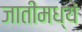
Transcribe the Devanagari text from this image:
जातींमध्यें